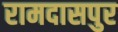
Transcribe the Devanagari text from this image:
रामदासपुर